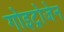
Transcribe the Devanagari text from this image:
गोइट्रोजेन